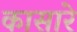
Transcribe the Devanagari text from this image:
कासारे